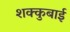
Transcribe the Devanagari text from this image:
शक्कुबाई